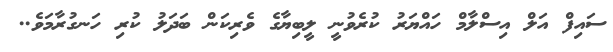
ސައިފް އަލް އިސްލާމް ހައްޔަރު ކުރެވުނީ ލީބިޔާގެ ވެރިކަން ބަދަލު ކުރި ހަނގުރާމަވެ..